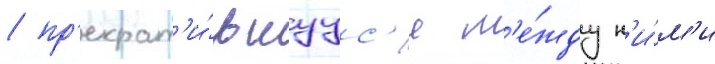
/ пр'екрат'и́вшуус'я м'е́жду н'и́м'и